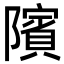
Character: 䧬